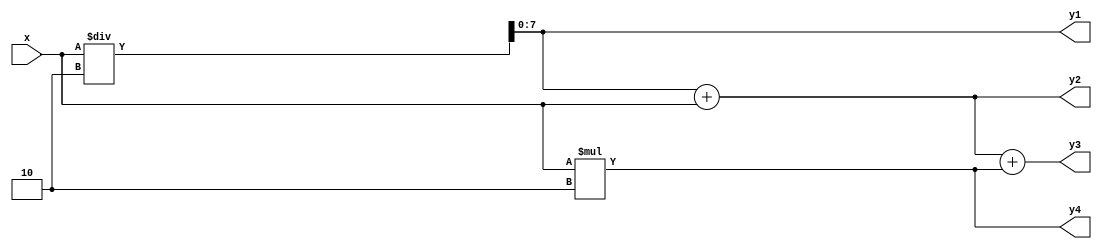
`timescale 1ns / 1ps

module arithmatic_operations(x,y1,y2,y3,y4);
    input [7:0] x;
    output [7:0] y1,y2,y3,y4;
    assign y1=x/2;
    assign y2=y1+x;
    assign y3=y2+x*2;
    assign y4=x*2;
endmodule